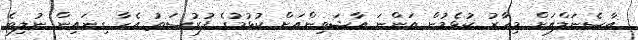
އާސެނަލްއަށް މިހާރު ކުޅެމުން އަންނަ އާޝަވިންއަށް ކުޅުމުގެ ފުރުސަތު އެހާ ގިނައިން ނުލިބެ